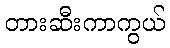
တားဆီးကာကွယ်